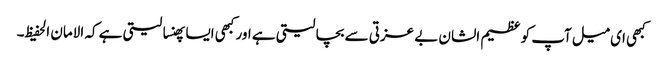
کبھی ای میل آپ کو عظیم الشان بے عزتی سے بچا لیتی ہے اور کبھی ایسا پھنسا لیتی ہے کہ الامان الحفیظ۔